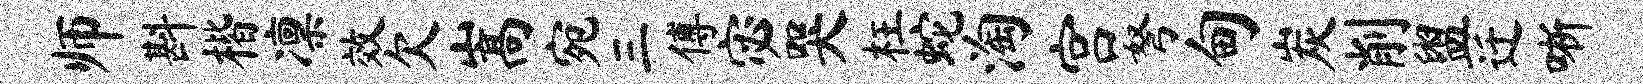
师斟楷凛效欠嵩宛三傅宓哭枉蛇淘宫弩甸炭削盥迁晰